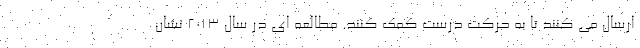
ارسال می کنند تا به حرکت درست کمک کنند. مطالعه ای در سال 2013 نشان